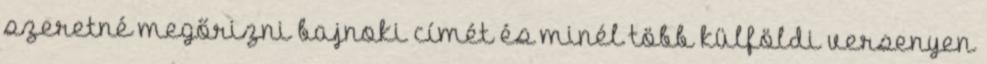
szeretné megőrizni bajnoki címét és minél több külföldi versenyen